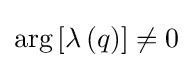
\mathrm {arg} \left[\lambda \left(q\right)\right]\neq 0